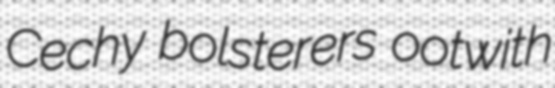
Cechy bolsterers ootwith